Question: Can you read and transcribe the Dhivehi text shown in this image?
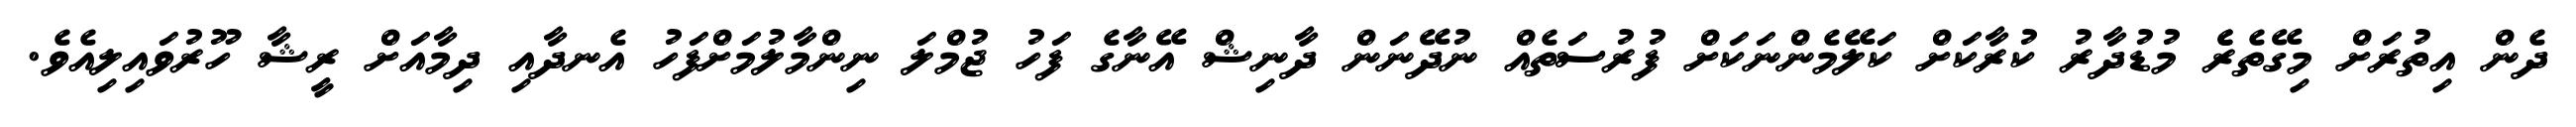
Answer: ދެން އިތުރަށް މިގޭތެރެެ މުޑުދާރު ކުރާކަށް ކަލޭމެންނަކަށް ފުރުސަތެއް ނުދޭނަން ދާނިޝް އޭނާގެ ފަހު ޖުމްލަ ނިންމާލުމަށްފަހު އެނދާއި ދިމާއަށް ރީޝާ ހޫރުވައިލިއެވެ.